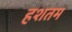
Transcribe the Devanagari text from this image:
हशतम